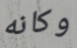
وكانه